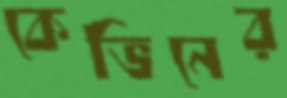
কেভিনের